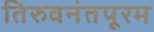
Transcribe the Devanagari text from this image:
तिरुवनंतपूरम